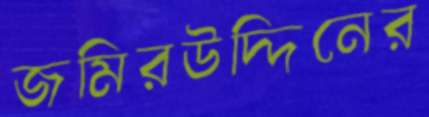
জমিরউদ্দিনের